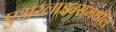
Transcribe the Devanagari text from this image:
एअरलाइन्समधील